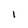
Character: 1